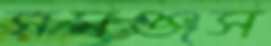
সমঞ্জস